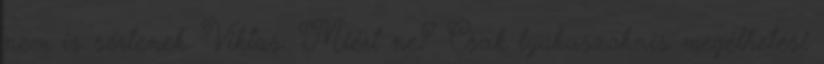
nem is sértenek. Viktus: Miért ne? Csak lyukaszoknis megélhetési